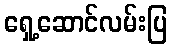
ရှေ့ဆောင်လမ်းပြ